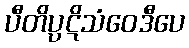
ပီတိပ္ပဋိသံဝေဒီပေ